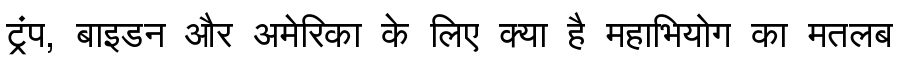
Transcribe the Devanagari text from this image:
ट्रंप, बाइडन और अमेरिका के लिए क्या है महाभियोग का मतलब